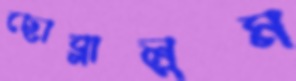
ছোব্‌লালুম